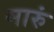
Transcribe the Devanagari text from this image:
मारुं